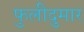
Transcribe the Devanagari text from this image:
फुलीदुमार